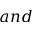
a n d